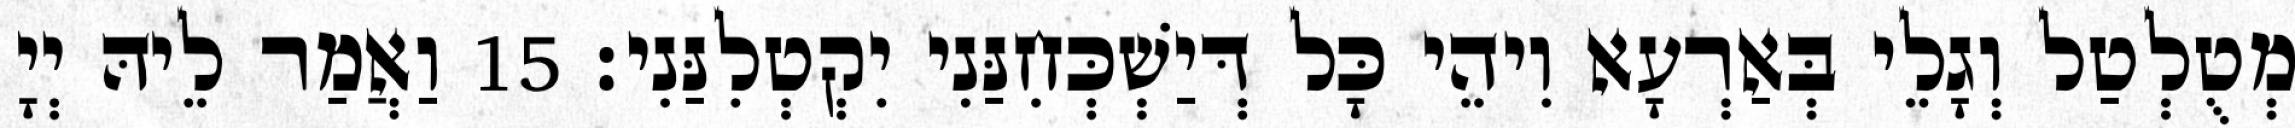
מְטֻלְטַל וְגָלֵי בְּאַרְעָא וִיהֵי כָּל דְּיַשְׁכְּחִנַּנִי יִקְטְלִנַּנִי׃ 15 וַאֲמַר לֵיהּ יְיָ